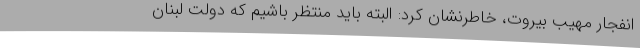
انفجار مهیب بیروت، خاطرنشان کرد: البته باید منتظر باشیم که دولت لبنان